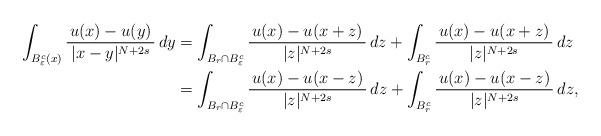
LaTeX: \begin{align*}\int_{B^c_\varepsilon(x)}\frac{\, u(x) - u(y) \,}{|x - y|^{N + 2s}}\,dy &= \int_{B_r \cap B^c_\varepsilon}\frac{\, u(x) - u(x+z) \,}{|z|^{N + 2s}}\,dz+\int_{B^c_r}\frac{\, u(x) - u(x+z) \,}{|z|^{N + 2s}}\,dz \\&= \int_{B_r \cap B^c_\varepsilon}\frac{\,u(x)-u(x-z) \,}{|z|^{N + 2s}}\,dz+\int_{B^c_r}\frac{\, u(x) - u(x-z) \,}{|z|^{N + 2s}}\,dz,\end{align*}